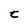
Character: t